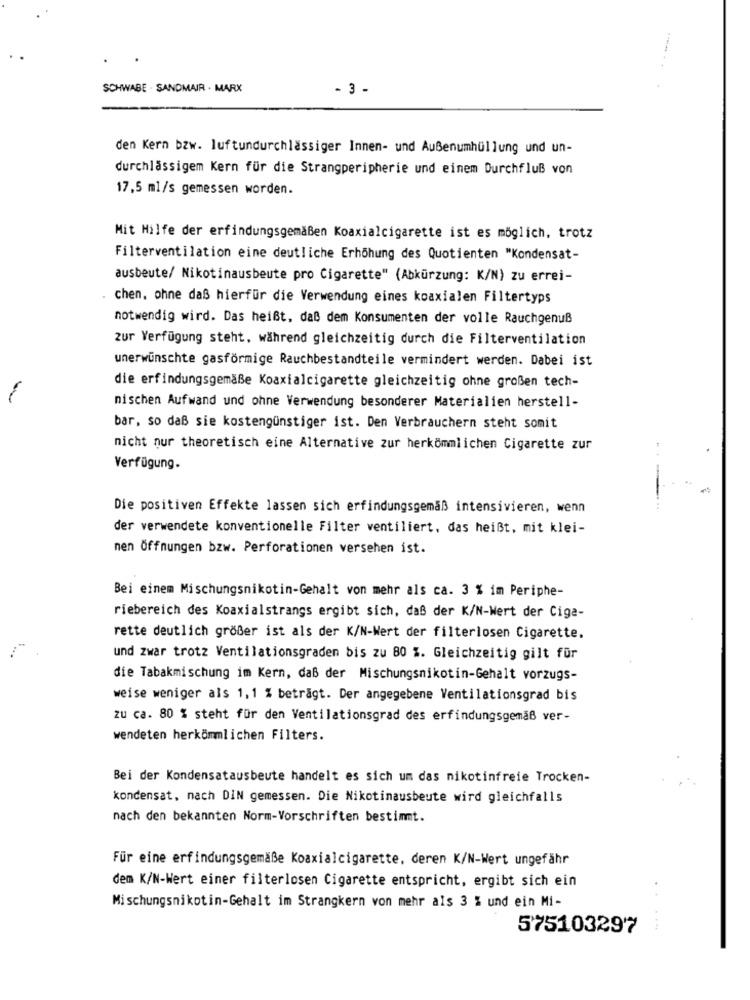
SCHWABE . SANDMAIR . MARX
- 3 -
den Kern bzw. luftundurchlässiger Innen- und Außenumhüllung und un-
durchlässigem Kern für die Strangperipherie und einem Durchfluß von
17,5 ml/s gemessen worden.
Mit Hilfe der erfindungsgemäßen Koaxialcigarette ist es möglich, trotz
Filterventilation eine deutliche Erhöhung des Quotienten "Kondensat-
ausbeute/ Nikotinausbeute pro Cigarette" (Abkürzung: K/N) zu errei-
chen, ohne daß hierfür die Verwendung eines koaxialen Filtertyps
notwendig wird. Das heißt, daß dem Konsumenten der volle Rauchgenuß
zur Verfügung steht, während gleichzeitig durch die Filterventilation
unerwünschte gasförmige Rauchbestandteile vermindert werden. Dabei ist
die erfindungsgemäße Koaxialcigarette gleichzeitig ohne großen tech-
mischen Aufwand und ohne Verwendung besonderer Materialien herstell-
bar, so daß sie kostengünstiger ist. Den Verbrauchern steht somit
nicht nur theoretisch eine Alternative zur herkömmlichen Cigarette zur
Verfügung.
Die positiven Effekte lassen sich erfindungsgemäß intensivieren, wenn
der verwendete konventionelle Filter ventiliert, das heißt, mit klei-
men Öffnungen bzw. Perforationen versehen ist.
Bei einem Mischungsnikotin-Gehalt von mehr als ca. 3 % im Periphe-
riebereich des Koaxialstrangs ergibt sich, daß der K/N-Wert der Cige-
rette deutlich größer ist als der K/N-Wert der filterlosen Cigarette.
und zwar trotz Ventilationsgraden bis zu 80 %. Gleichzeitig gilt für
die Tabakmischung im Kern, daß der Mischungsnikotin-Gehalt vorzugs-
weise weniger als 1, 1 % beträgt. Der angegebene Ventilationsgrad bis
zu ca. 80 % steht für den Ventilationsgrad des erfindungsgemäß ver-
wendeten herkömmlichen Filters.
Bei der Kondensatausbeute handelt es sich um das nikotinfreie Trocken-
kondensat, nach DIN gemessen. Die Nikotinausbeute wird gleichfalls
nach den bekannten Norm-Vorschriften bestimmt.
Für eine erfindungsgemäße Koaxialcigarette, deren K/N-Wert ungefähr
dem K/N-Wert einer filterlosen Cigarette entspricht, ergibt sich ein
Mischungsnikotin-Gehalt im Strangkern von mehr als 3 % und ein Mi-
575103297
....